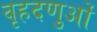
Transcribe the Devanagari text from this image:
वृहदणुओं